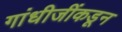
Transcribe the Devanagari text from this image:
गांधीजींकडून